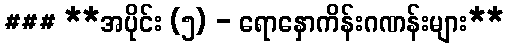
### **အပိုင်း (၅) - ရောနှောကိန်းဂဏန်းများ**